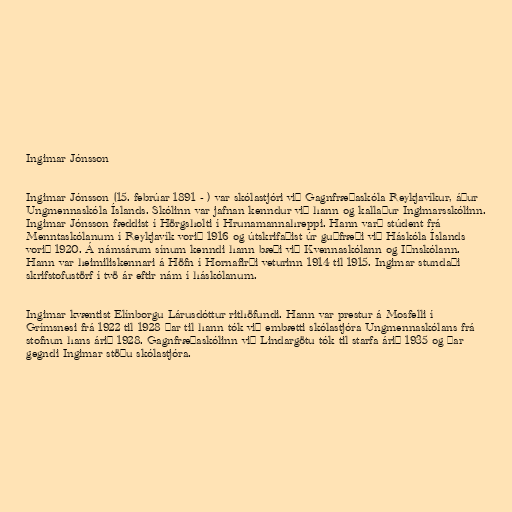
Ingimar Jónsson

Ingimar Jónsson (15. febrúar 1891 - ) var skólastjóri við Gagnfræðaskóla Reykjavíkur, áður
Ungmennaskóla Íslands. Skólinn var jafnan kenndur við hann og kallaður Ingimarsskólinn.
Ingimar Jónsson fæddist í Hörgsholti í Hrunamannahreppi. Hann varð stúdent frá
Menntaskólanum í Reykjavík vorið 1916 og útskrifaðist úr guðfræði við Háskóla Íslands
vorið 1920. Á námsárum sínum kenndi hann bæði við Kvennaskólann og Iðnskólann.
Hann var heimiliskennari á Höfn í Hornafirði veturinn 1914 til 1915. Ingimar stundaði
skrifstofustörf í tvö ár eftir nám í háskólanum.

Ingimar kvæntist Elínborgu Lárusdóttur rithöfundi. Hann var prestur á Mosfelli í
Grímsnesi frá 1922 til 1928 þar til hann tók við embætti skólastjóra Ungmennaskólans frá
stofnun hans árið 1928. Gagnfræðaskólinn við Lindargötu tók til starfa árið 1935 og þar
gegndi Ingimar stöðu skólastjóra.